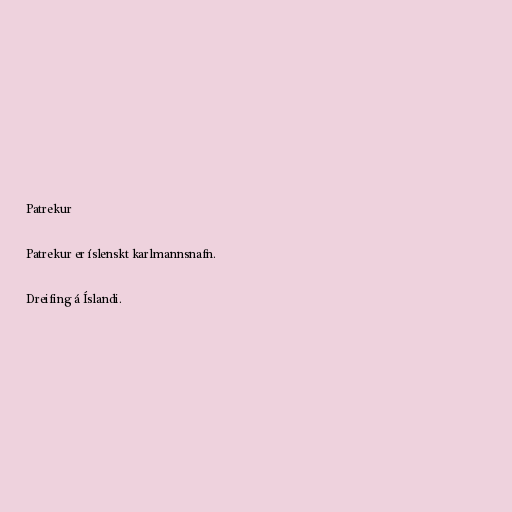
Patrekur

Patrekur er íslenskt karlmannsnafn.

Dreifing á Íslandi.